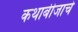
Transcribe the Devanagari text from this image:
कथाबीजाचे